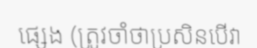
ផ្សេង (ត្រូវចាំថាប្រសិនបើវា